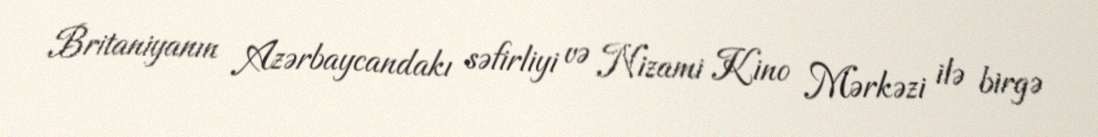
Britaniyanın Azərbaycandakı səfirliyi və Nizami Kino Mərkəzi ilə birgə